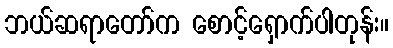
ဘယ်ဆရာတော်က စောင့်ရှောက်ပါတုန်း။